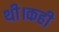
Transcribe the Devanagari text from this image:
थी।कही